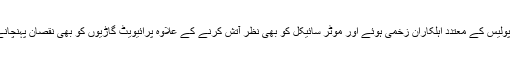
اس دوران پتھراو سے پولیس کے معتدد اہلکاران زخمی ہوئے اور موٹر سائیکل کو بھی نظر آتش کرنے کے علاوہ پرائیویٹ گاڑیوں کو بھی نقصان پہنچانے کی کوشش کی گئی۔